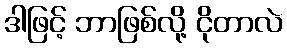
ဒါဖြင့် ဘာဖြစ်လို့ ငိုတာလဲ